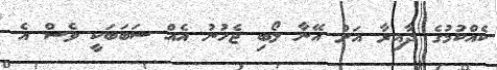
ކެއްކުމުގެ ދާއިރާ އަށް އޭނާ ލޯބި ޖެހުނު އެއް ސަބަބަކީ ވެސް އެ